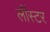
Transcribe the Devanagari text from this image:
लींस्टर